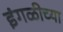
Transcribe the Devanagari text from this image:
इंगळीच्या